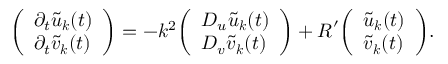
{ \left( \begin{array} { l } { \partial _ { t } { \tilde { u } } _ { \boldsymbol { k } } ( t ) } \\ { \partial _ { t } { \tilde { v } } _ { \boldsymbol { k } } ( t ) } \end{array} \right) } = - k ^ { 2 } { \left( \begin{array} { l } { D _ { u } { \tilde { u } } _ { \boldsymbol { k } } ( t ) } \\ { D _ { v } { \tilde { v } } _ { \boldsymbol { k } } ( t ) } \end{array} \right) } + { \boldsymbol { R } } ^ { \prime } { \left( \begin{array} { l } { { \tilde { u } } _ { \boldsymbol { k } } ( t ) } \\ { { \tilde { v } } _ { \boldsymbol { k } } ( t ) } \end{array} \right) } .